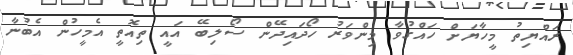
ރައްޔިތު މީހާޔަށް ހައްގުވާ މިންވަރު ހޯދައިދޭން ސޯލިބޭ އައީ ތިއޮތީ އެމީހުން އެބުނާ